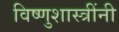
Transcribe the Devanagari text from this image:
विष्णुशास्त्रींनी